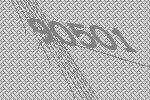
90501